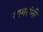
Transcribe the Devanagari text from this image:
सागरांनी